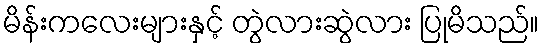
မိန်းကလေးများနှင့် တွဲလားဆွဲလား ပြုမိသည်။